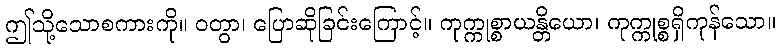
ဤသို့သောစကားကို။ ဝတွာ၊ ပြောဆိုခြင်းကြောင့်။ ကုက္ကုစ္စာယန္တိယော၊ ကုက္ကုစ္စရှိကုန်သော။